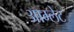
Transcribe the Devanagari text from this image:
आम्‍लेट